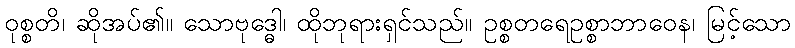
ဝုစ္စတိ၊ ဆိုအပ်၏။ သောဗုဒ္ဓေါ၊ ထိုဘုရားရှင်သည်။ ဥစ္စတရေဥစ္စာဘာဝေန၊ မြင့်သော